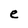
Character: e